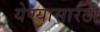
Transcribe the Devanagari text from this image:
येण्यासारठी